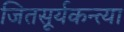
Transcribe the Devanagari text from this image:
जितसूर्यकन्त्या